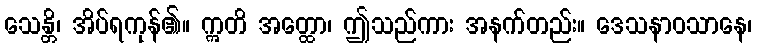
သေန္တိ၊ အိပ်ရကုန်၏။ ဣတိ အတ္ထော၊ ဤသည်ကား အနက်တည်း။ ဒေသနာဝသာနေ၊